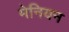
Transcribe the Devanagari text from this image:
मेनियन